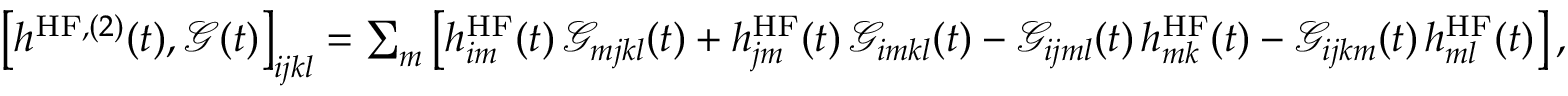
\begin{array} { r } { \left[ h ^ { \mathrm { H F } , ( 2 ) } ( t ) , \mathcal { G } ( t ) \right] _ { i j k l } = \sum _ { m } \left[ h _ { i m } ^ { \mathrm { H F } } ( t ) \, \mathcal { G } _ { m j k l } ( t ) + h _ { j m } ^ { \mathrm { H F } } ( t ) \, \mathcal { G } _ { i m k l } ( t ) - \mathcal { G } _ { i j m l } ( t ) \, h _ { m k } ^ { \mathrm { H F } } ( t ) - \mathcal { G } _ { i j k m } ( t ) \, h _ { m l } ^ { \mathrm { H F } } ( t ) \right] , } \end{array}